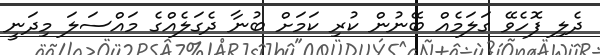
ދެލި ފޮހެވޭ ގަލަމެއް ބޭނުން ކުރި ކަމަށް ބުނާ ދެގަލެއްގެ މައްސަލަ މިދަނީ